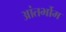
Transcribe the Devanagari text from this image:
आंतर्भोम